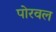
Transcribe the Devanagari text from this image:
पोरवल